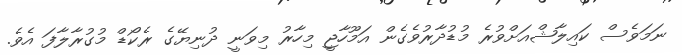
ނަމަވެސް ކައިލާޝްއަށްވުރެ މުޑުދާރުވެގެން އަމޫހާޖީ މިހާރު މިވަނީ ދުނިޔޭގެ ރެކޯޑް މުގުރާލާފަ އެވެ.